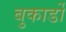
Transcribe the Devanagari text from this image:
बुकार्डो